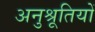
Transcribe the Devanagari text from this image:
अनुश्रूतियों